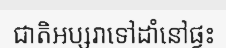
ជាតិអប្សរាទៅដាំនៅផ្ទះ